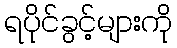
ရပိုင်ခွင့်များကို